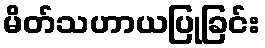
မိတ်သဟာယပြုခြင်း